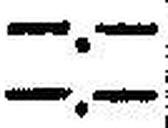
—.—